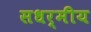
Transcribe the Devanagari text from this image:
सधर्मीय